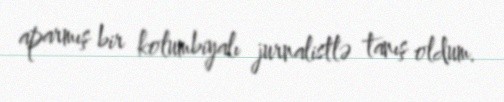
aparmış bir kolumbiyalı jurnalistlə tanış oldum.